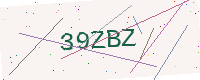
Text: 39ZBZ